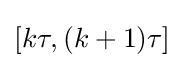
[k\tau ,(k+1)\tau ]